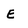
Character: E